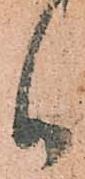
御